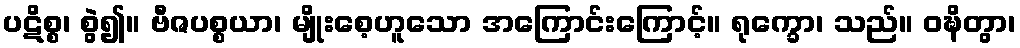
ပဋိစ္စ၊ စွဲ၍။ ဗီဇပစ္စယာ၊ မျိုးစေ့ဟူသော အကြောင်းကြောင့်။ ရုက္ခော၊ သည်။ ဝဍ္ဎိတွာ၊